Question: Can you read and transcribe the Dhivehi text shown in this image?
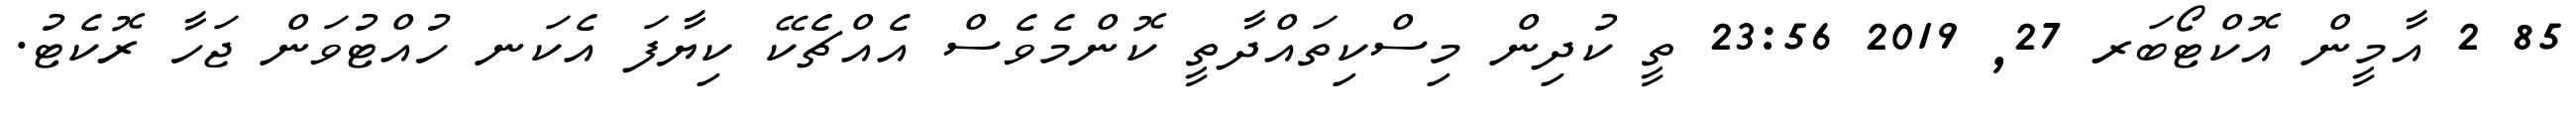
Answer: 85 2 އާމީން އޮކްޓޯބަރ 27, 2019 23:56 ތީ ކުދިން މިސްކިތައްދާތީ ކޮންމެވެސް އެއްޗެކޭ ކިޔާފަ އެކަނ ހުއްޓުވަން ޖަހާ ރޮކެޓު.